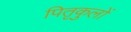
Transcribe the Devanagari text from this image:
पितृकुलों